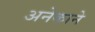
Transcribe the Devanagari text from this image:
अनेकाने